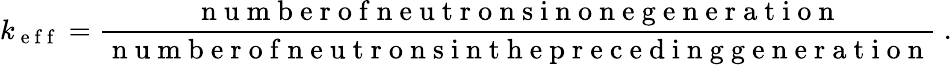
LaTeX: k_{\mathrm{~e~f~f~}}=\frac{\mathrm{~n~u~m~b~e~r~o~f~n~e~u~t~r~o~n~s~i~n~o~n~e~g~e~n~e~r~a~t~i~o~n~}}{\mathrm{~n~u~m~b~e~r~o~f~n~e~u~t~r~o~n~s~i~n~t~h~e~p~r~e~c~e~d~i~n~g~g~e~n~e~r~a~t~i~o~n~}}\ .